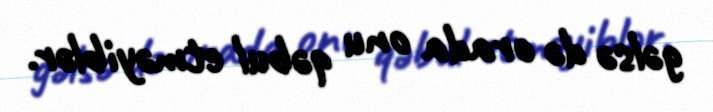
gəlsə də orada onu qəbul etməyiblər.